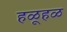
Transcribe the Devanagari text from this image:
हळूहळ